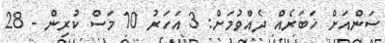
ސަންއަށް ޚަބަރެއް ދެއްވުމަށް: 3 އަހަރު 10 މަސް ކުރިން - 28